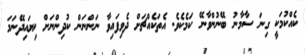
ކެއްކުމަކީ ގިނަ ސާމާނު ބޭނުންވާނޭ ކަމެކެވެ. އެތަކެއްޗަށް ދެވިފައިވާ ނަންނަން ކުދިންނަށް ކިޔައިދޭނަމަ